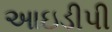
આઇડીપી